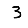
Digit: 3